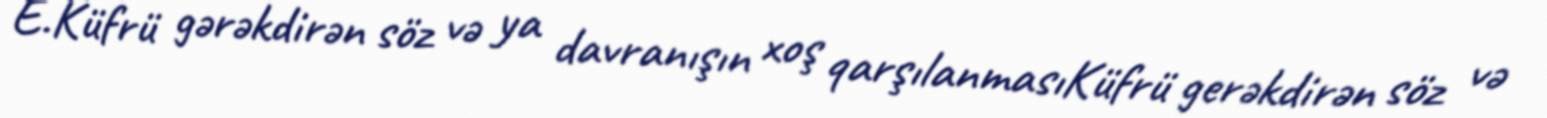
E.Küfrü gərəkdirən söz və ya davranışın xoş qarşılanmasıKüfrü gerəkdirən söz və